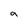
Character: 9